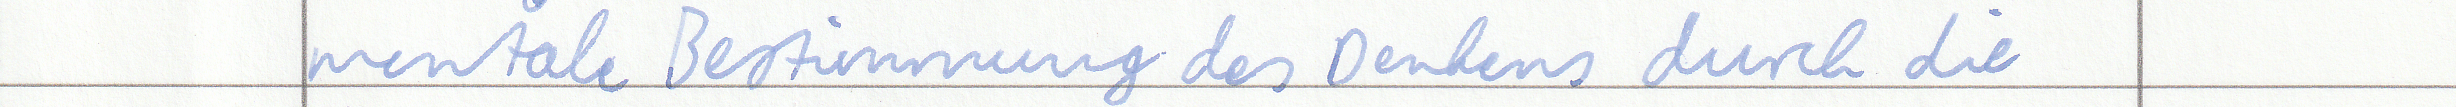
mentale Bestimmung des Denkens durch die